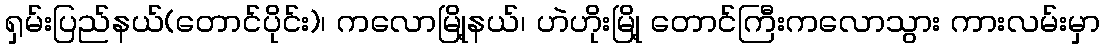
ရှမ်းပြည်နယ်(တောင်ပိုင်း)၊ ကလောမြို့နယ်၊ ဟဲဟိုးမြို့ တောင်ကြီးကလောသွား ကားလမ်းမှာ